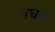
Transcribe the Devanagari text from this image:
नधन